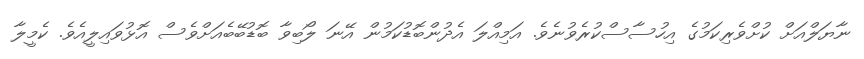
ނާޔަލްއަށް ކުށްވެރިކަމުގެ އިހުސާސްކުރެވުނެވެ. އަމިއްލަ އެދުންބޮޑުކަމުން އޭނަ ލޯބިވާ ބޮޑުބޭބެއަށްވެސް އޮޅުވައިލީއެވެ. ކެމީލާ